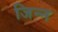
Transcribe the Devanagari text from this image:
जिन्‍न